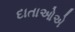
દાતાઓએ